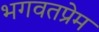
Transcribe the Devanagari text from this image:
भगवतप्रेम